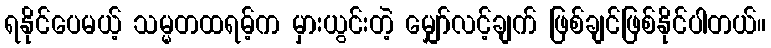
ရနိုင်ပေမယ့် သမ္မတထရမ့်က မှားယွင်းတဲ့ မျှော်လင့်ချက် ဖြစ်ချင်ဖြစ်နိုင်ပါတယ်။